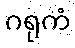
ဂရုကံ